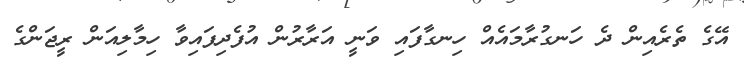
އޭގެ ތެރެއިން ދެ ހަނގުރާމައެއް ހިނގާފައި ވަނީ އަރާރުން އުފެދިފައިވާ ހިމާލިއަން ރީޖަންގެ